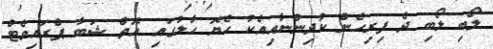
ލޯބި ލޯބި ދެ ފިރިހެން ކުދިންނާއިއެކު ހެޔޮ ހާލުގައި އޮތް ޝަބާ ޕްރައިވެޓް